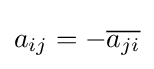
a_{ij}=-{\overline {a_{ji}}}